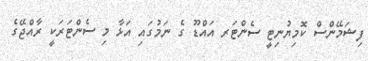
ފިޝަމޭންސް ކޮމިޔުނިޓީ ސެންޓަރ އައްޑޫ ގެ ނަމުގައި އަޅާ މި ސެެންޓަރަކީ ރާއްޖޭގެ